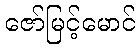
ဇော်မြင့်မောင်